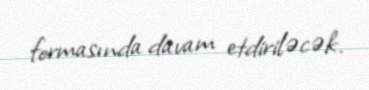
formasında davam etdiriləcək.